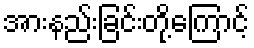
အားနည်းခြင်းတို့ကြောင့်